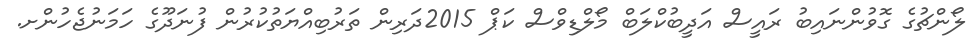
ލޯންޗުގެ ގޮވުންނައިބު ރައީސް އަދީބުކްލަބް މޯލްޑިވްސް ކަޕް 2015ދަރިން ތަރުބިއްޔަތުކުރުން ފުނަދޫގެ ހަމަނުޖެހުންށ.